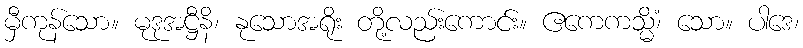
မှီကုန်သော။ မုဒုအဋ္ဌီနိ၊ နုသောအရိုး တို့လည်းကောင်း။ ဧကေကသ္မိံ၊ သော။ ပါဒေ၊